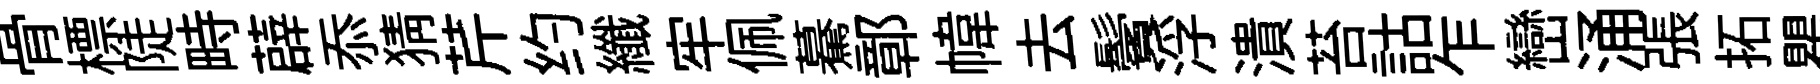
骨標陡畤薜忝猜芹约纖牢佩驀鄣幃去鬢浮潰苔詁乍巒涌張拓瞿穿